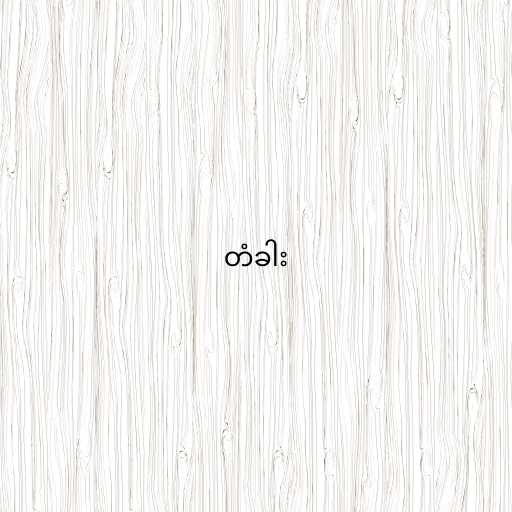
တံခါး